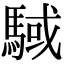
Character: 䮙